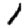
Digit: 1